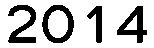
2014